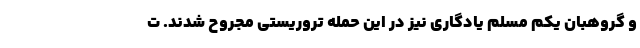
و گروهبان یکم مسلم یادگاری نیز در این حمله تروریستی مجروح شدند. ت